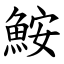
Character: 鮟